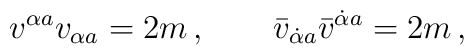
v^{\alpha{}a}v_{\alpha{}a} =2m  \, ,  \qquad\bar v_{\dot\alpha{}a}\bar v^{\dot\alpha{}a} =2m  \, ,